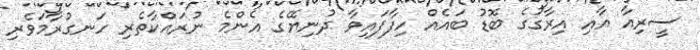
ސީރިއާ އާއި އިރާގުގެ ބޮޑު ބައެއް ހިފާފައިވާ ދުނިޔޭގެ އެންމެ ނުރައްކާތެރި ހަނގުރާމަވެރި